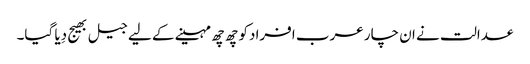
عدالت نے ان چار عرب افرادکو چھ چھ مہینے کے لیے جیل بھیج دِیا گیا۔